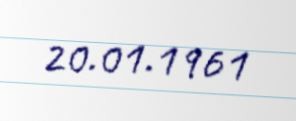
20.01.1961